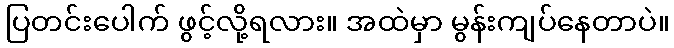
ပြတင်းပေါက် ဖွင့်လို့ရလား။ အထဲမှာ မွန်းကျပ်နေတာပဲ။